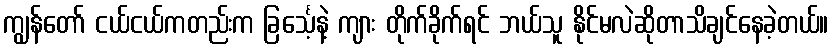
ကျွန်တော် ငယ်ငယ်ကတည်းက ခြင်္သေ့နဲ့ ကျား တိုက်ခိုက်ရင် ဘယ်သူ နိုင်မလဲဆိုတာသိချင်နေခဲ့တယ်။